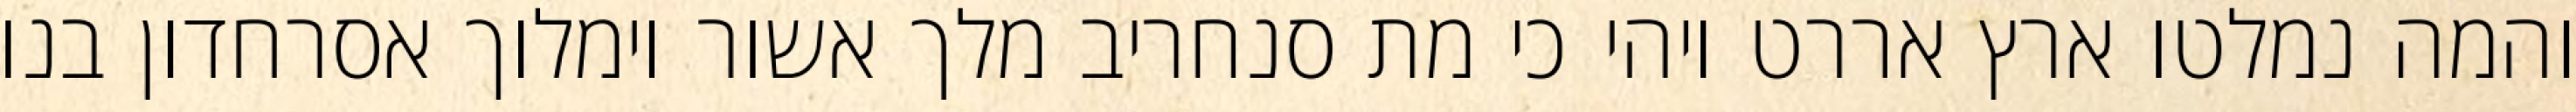
והמה נמלטו ארץ אררט ויהי כי מת סנחריב מלך אשור וימלוך אסרחדון בנו